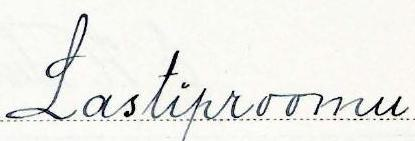
Lastiproomu